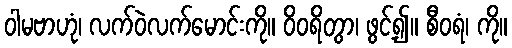
ဝါမဗာဟုံ၊ လက်ဝဲလက်မောင်းကို။ ဝိဝရိတွာ၊ ဖွင့်၍။ စီဝရံ၊ ကို။